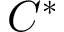
C ^ { * }